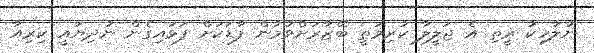
ނުލާހިކު ރީތި އެ ޖަލީލާ ކުރިމަތީ ބޭޒާރަށްވުމުން ފާޑަކަށް ފަޅައިގެން ނުދިޔައީ ކިރިއާ